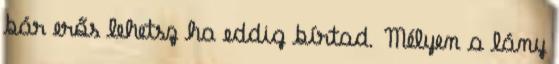
bár erős lehetsz ha eddig bírtad. Mélyen a lány